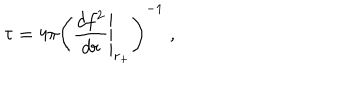
\tau = 4 \pi \left( \left. \frac { d f ^ { 2 } } { d r } \right| _ { r _ { + } } \right) ^ { - 1 } \; ,